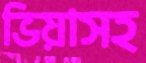
ভিয়াসহ